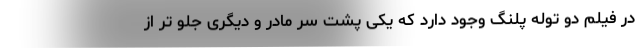
در فیلم دو توله پلنگ وجود دارد که یکی پشت سر مادر و دیگری جلو تر از